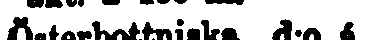
Österbottniska d:o 6